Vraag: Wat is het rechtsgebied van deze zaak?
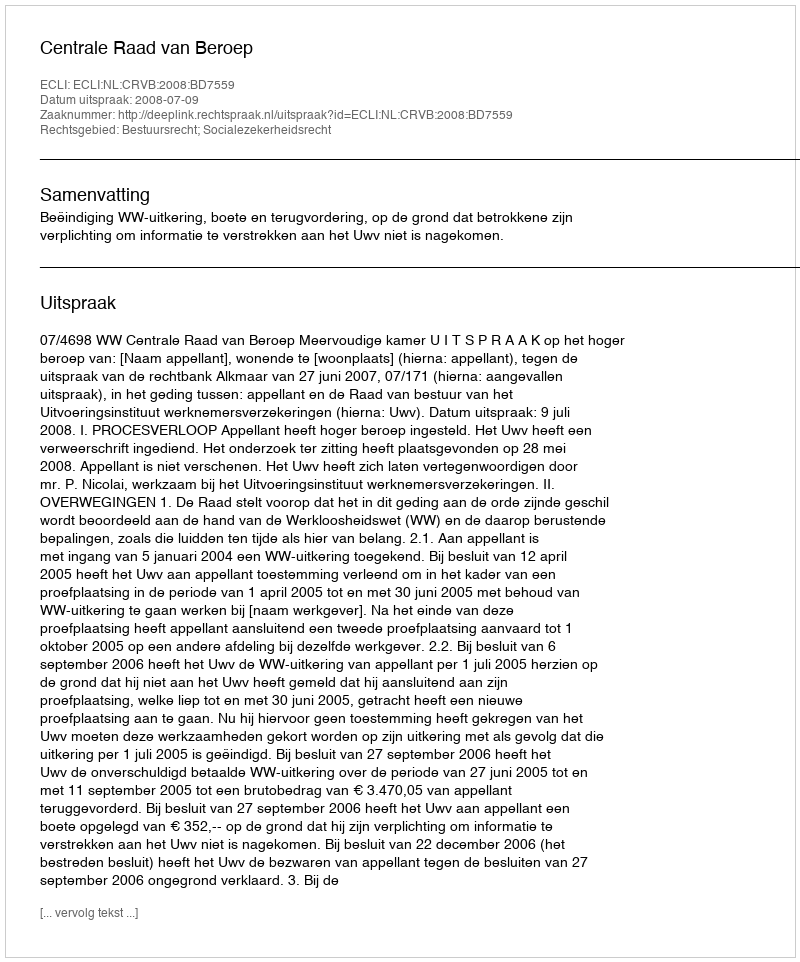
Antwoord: Bestuursrecht; Socialezekerheidsrecht